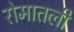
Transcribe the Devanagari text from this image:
रोमातली